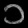
Digit: ၁